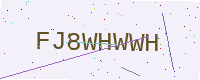
Text: FJ8WHWWH